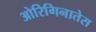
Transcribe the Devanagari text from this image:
ओरिगिनातेस